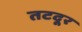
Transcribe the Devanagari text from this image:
तटदूर